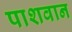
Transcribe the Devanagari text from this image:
पाशवान